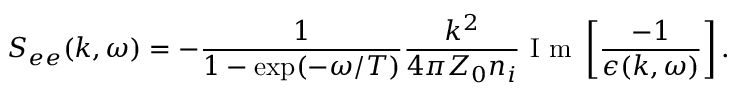
S _ { e e } ( k , \omega ) = - \frac { 1 } { 1 - \exp ( - \omega / T ) } \frac { k ^ { 2 } } { 4 \pi Z _ { 0 } n _ { i } } \mathrm { ~ I ~ m ~ } \left[ \frac { - 1 } { \epsilon ( k , \omega ) } \right] .